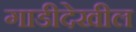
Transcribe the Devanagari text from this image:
गाडीदेखील